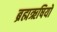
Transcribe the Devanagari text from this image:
ब्रह्मऋषियों